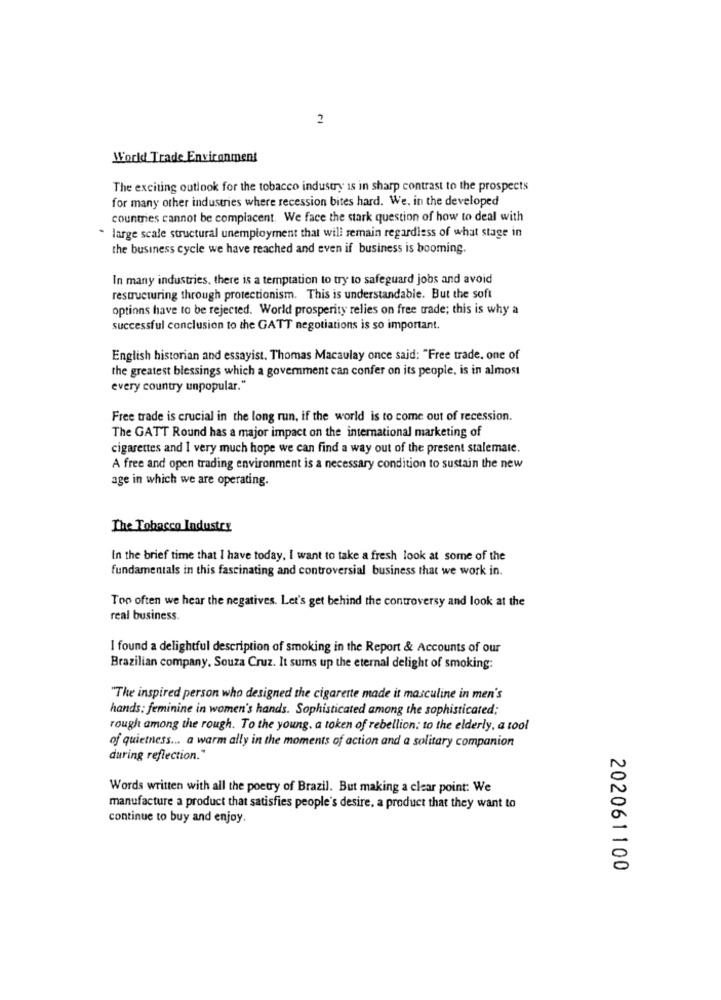
2
World Trade Environment
The exciting outlook for the tobacco industry is in sharp contrast to the prospects
for many other industries where recession bites hard. We. in the developed
countries cannot be complacent. We face the stark question of how to deal with
large scale structural unemployment that will remain regardless of what stage in
the business cycle we have reached and even if business is booming.
In many industries, there is a temptation to try to safeguard jobs and avoid
restructuring through protectionism. This is understandable. But the soft
options have to be rejected. World prosperity relies on free trade; this is why a
successful conclusion to the GATT negotiations is so important.
English historian and essayist. Thomas Macaulay once said: "Free trade. one of
the greatest blessings which a government can confer on its people, is in almost
every country unpopular."
Free trade is crucial in the long run, if the world is to come out of recession.
The GATT Round has a major impact on the international marketing of
cigarettes and I very much hope we can find a way out of the present stalemate.
A free and open trading environment is a necessary condition to sustain the new
age in which we are operating.
The Tobacco Industry
In the brief time that I have today. I want to take a fresh look at some of the
fundamentals in this fascinating and controversial business that we work in.
Too often we hear the negatives. Let's get behind the controversy and look at the
real business.
I found a delightful description of smoking in the Report & Accounts of our
Brazilian company. Souza Cruz. It sums up the eternal delight of smoking:
"The inspired person who designed the cigarette made it masculine in men's
hands: feminine in women's hands. Sophisticated among the sophisticated;
rough among the rough. To the young. a token of rebellion: to the elderly, a tool
of quietness ... a warm ally in the moments of action and a solitary companion
during reflection."
Words written with all the poetry of Brazil. But making a clear point: We
manufacture a product that satisfies people's desire. a product that they want to
continue to buy and enjoy.
202061100